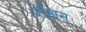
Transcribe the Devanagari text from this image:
पश्चिन